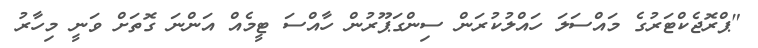
"ޕްރޮޖެކްޓަރުގެ މައްސަލަ ހައްލުކުރަން ސިންގަޕޫރުން ހާއްސަ ޓީމެއް އަންނަ ގޮތަށް ވަނީ މިހާރު